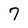
Character: 7